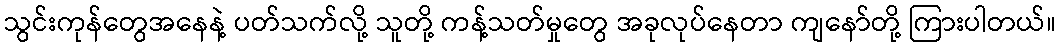
သွင်းကုန်တွေအနေနဲ့ ပတ်သက်လို့ သူတို့ ကန့်သတ်မှုတွေ အခုလုပ်နေတာ ကျနော်တို့ ကြားပါတယ်။